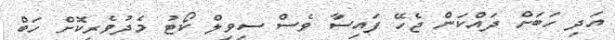
އަދި ހަބަށް ދައްކަން ޖެހޭ ފައިސާ ވެސް ސިވިލް ކޯޓު މެދުވެރިކޮށް ހަބް